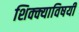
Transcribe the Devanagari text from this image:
शिक्क्याविषयी